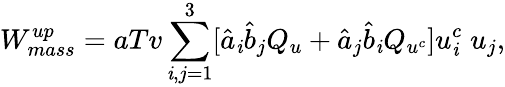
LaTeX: W_{mass}^{up}=aTv\sum_{\mathit{i},j=1}^{3}[\hat{{a}}_{\mathit{i}}\hat{{b}}_{j}Q_{u}+\hat{{a}}_{j}\hat{{b}}_{\mathit{i}}Q_{u^{c}}]u_{\mathit{i}}^{c}\; u_{j},